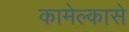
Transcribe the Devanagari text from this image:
कामेल्कासे